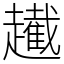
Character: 䟌